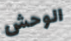
الوحش